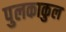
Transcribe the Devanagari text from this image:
पुलकाकुल